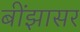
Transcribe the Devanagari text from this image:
बींझासर